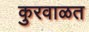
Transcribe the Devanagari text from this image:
कुरवाळत